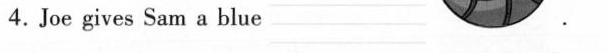
4.Joe gives Sam a blue ___.